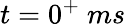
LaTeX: t=0^{+}~ms